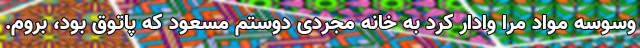
وسوسه مواد مرا وادار کرد به خانه مجردی دوستم مسعود که پاتوق بود، بروم.